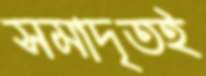
সমাদৃতই